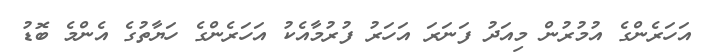
އަހަރެންގެ އުމުރުން މިއަދު ފަނަރަ އަހަރު ފުރުމާއެކު އަހަރެންގެ ހަޔާތުގެ އެންމެ ބޮޑު